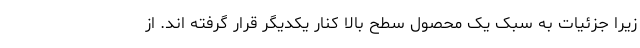
زیرا جزئیات به سبک یک محصول سطح بالا کنار یکدیگر قرار گرفته اند. از